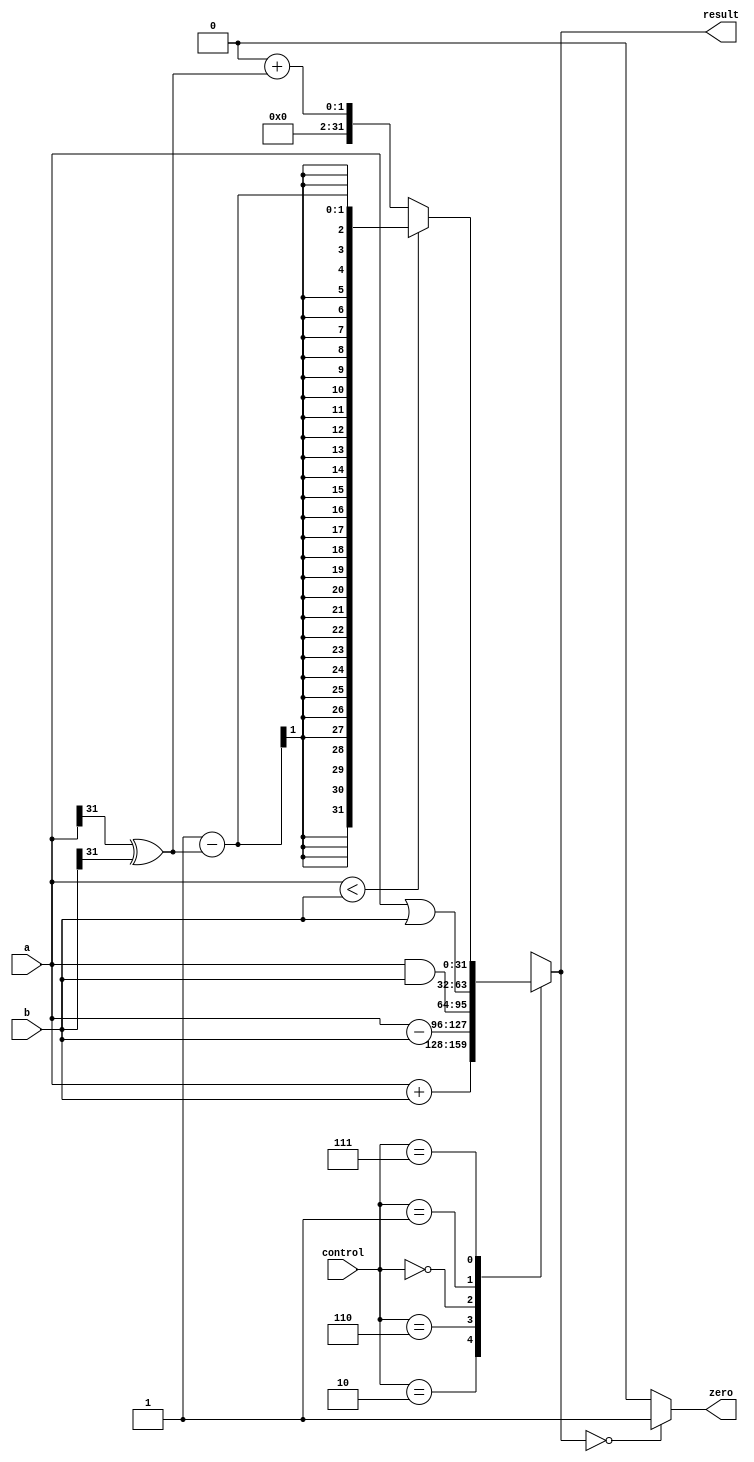
`timescale 1ns / 1ps

module Alu( 
input wire [31:0]   a, 
input wire [31:0]   b,
input wire [2:0] control,
output reg [31:0]   result,
output wire zero );

parameter
	ALUadd =	3'b010,
	ALUsub = 3'b110,
	ALUand = 3'b000,
	ALUor	=	3'b001,
	ALUslt =	3'b111;
// Handles negative inputs
wire sign_mismatch; // 1 bit
//assign sign_mismatch = 1'b0; // Set this up so that the ALUslt conditions match
assign sign_mismatch = a[31]^b[31];
//XOR operation; only returns 1 if bits are different 
initial
	result <= 0;
always@*case(control)
	ALUadd:	result = a + b;
	ALUsub:	result = a - b;
	ALUand:	result = a & b; // changed to bit-wise AND, should not be logical AND
	ALUor:	result = a | b;   // changes to bit-wise OR,  should not be logical OR
	ALUslt:	result = a < b   ?	1 - sign_mismatch 
// (1)
	: 0 + sign_mismatch;
//(0) 
	default:	result = 32'bX; // control = ALUx | *
	endcase

	assign zero = (result == 0) ? 1 : 0;

endmodule